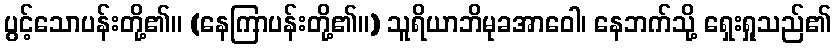
ပွင့်သောပန်းတို့၏။ (နေကြာပန်းတို့၏။) သူရိယာဘိမုခအာဝေါ၊ နေဘက်သို့ ရှေးရှုသည်၏